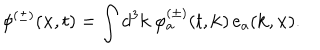
\phi ^ { ( \pm ) } ( { \bf x } , t ) = \int d ^ { 3 } { \bf k } \, \varphi _ { a } ^ { ( \pm ) } ( t , { \bf k } ) \, e _ { a } ( { \bf k } , { \bf x } ) .